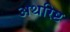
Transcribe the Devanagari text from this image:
अथरिष्ट